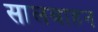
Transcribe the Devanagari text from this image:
सालबाहन